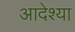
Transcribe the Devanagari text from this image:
आदेश्या